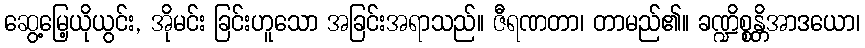
ဆွေ့မြေ့ယိုယွင်း, အိုမင်း ခြင်းဟူသော အခြင်းအရာသည်။ ဇီရဏတာ၊ တာမည်၏။ ခဏ္ဍိစ္စန္တိအာဒယော၊